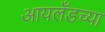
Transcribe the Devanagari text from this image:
आयलँडच्या